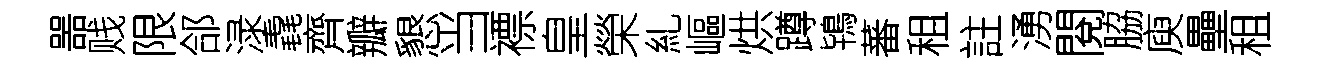
噐贱限郃渌毳齊瓣懇当褾皇榮糺嶇烘蹲鴇蕃租註湧閱脇庾壘租